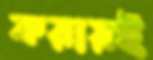
করায়ই